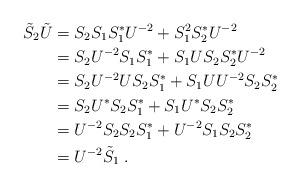
LaTeX: \begin{align*}\tilde S_2 \tilde U &= S_2S_1S_1^*U^{-2}+S_1^2S_2^*U^{-2}\\&= S_2U^{-2}S_1S_1^*+S_1US_2S_2^*U^{-2}\\&= S_2U^{-2}US_2S_1^*+S_1UU^{-2}S_2S_2^*\\&= S_2U^*S_2S_1^*+S_1U^*S_2S_2^*\\&= U^{-2}S_2S_2S_1^*+U^{-2}S_1S_2S_2^*\\&= U^{-2}\tilde S_1\; .\end{align*}